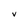
Character: V